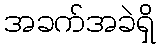
အခက်အခဲရှိ